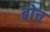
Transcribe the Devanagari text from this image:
ब्रोच